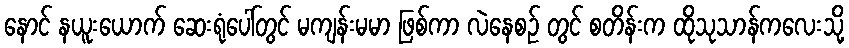
နောင် နယူးယောက် ဆေးရုံပေါ်တွင် မကျန်းမမာ ဖြစ်ကာ လဲနေစဉ် တွင် စတိန်းက ထိုသုသာန်ကလေးသို့